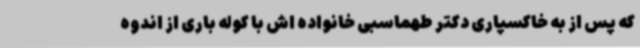
که پس از به خاکسپاری دکتر طهماسبی خانواده اش با کوله باری از اندوه